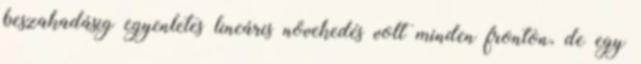
beszakadásig egyenletes lineáris növekedés volt minden fronton, de egy